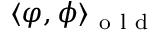
\langle \varphi , \phi \rangle _ { \mathrm { ~ o ~ l ~ d ~ } }